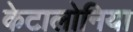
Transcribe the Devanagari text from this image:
केटालोनिया